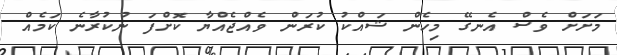
މަށަށް ވެސް އެނގޭ މިހެން ޝައްކު ކުރަން ވެއްޖެއްޔާ ކޮށްފަ ނުކުރާނެ ކަމެއް